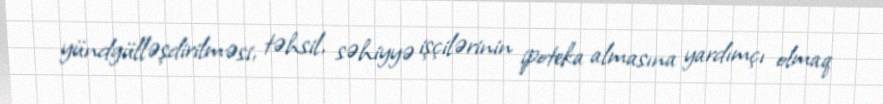
yündgülləşdirilməsi, təhsil, səhiyyə işçilərinin ipoteka almasına yardımçı olmaq